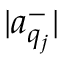
| a _ { q _ { j } } ^ { - } |